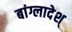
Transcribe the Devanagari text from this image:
बांग्लादेश्